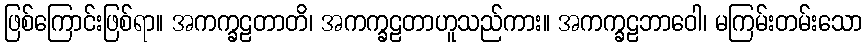
ဖြစ်ကြောင်းဖြစ်ရာ။ အကက္ခဠတာတိ၊ အကက္ခဠတာဟူသည်ကား။ အကက္ခဠဘာဝေါ၊ မကြမ်းတမ်းသော